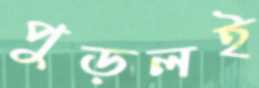
পুড়লই